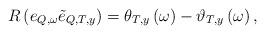
LaTeX: \begin{align*}R\left(e_{Q,\omega}\tilde{e}_{Q,T,y}\right)=\theta_{T,y}\left(\omega\right)-\vartheta_{T,y}\left(\omega\right),\end{align*}